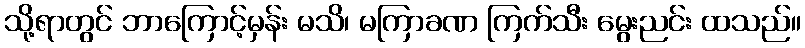
သို့ရာတွင် ဘာကြောင့်မှန်း မသိ၊ မကြာခဏ ကြက်သီး မွေးညင်း ထသည်။